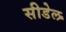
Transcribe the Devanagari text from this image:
सीडेल